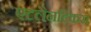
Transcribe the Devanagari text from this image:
एटलैनटिकस